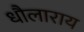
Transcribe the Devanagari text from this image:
धौलाराय